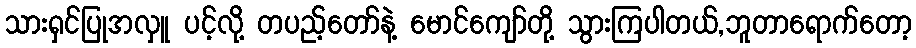
သားရှင်ပြုအလှူ ပင့်လို့ တပည့်တော်နဲ့ မောင်ကျော်တို့ သွားကြပါတယ်,ဘူတာရောက်တော့